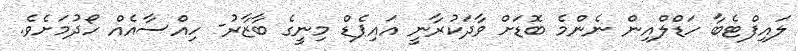
ލައިފްޓެބާ ހަޑްލްއިން ނެންމެ ބޮޑަށް ވާދަކުރާނީ އައިޕެޑް މިނީގެ ބާޒާރު- ހިއްސާއެއް ހޯދުމަށެވެ.